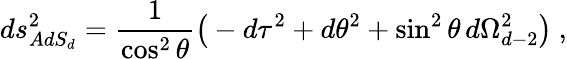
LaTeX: ds_{AdS_{d}}^{2}={\frac{1}{\cos^{2}\theta}}\big(-d\tau^{2}+d\theta^{2}+\sin^{2}\theta\, d\Omega_{d-2}^{2}\big)\ ,